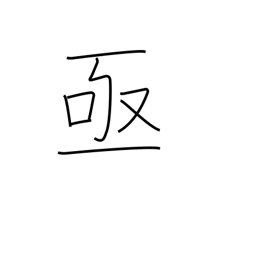
Meaning: sudden